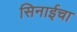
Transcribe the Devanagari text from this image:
सिनाईचा